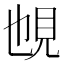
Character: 𧠉